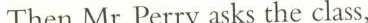
Then Mr. Perry asks the class,